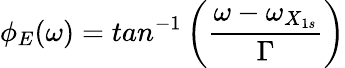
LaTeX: \phi_{E}(\omega)=tan^{-1}\left(\frac{\omega-\omega_{X_{1s}}}{\Gamma}\right)